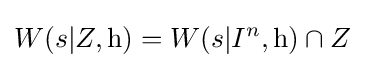
W(s|Z,\mathrm {h} )=W(s|I^{n},\mathrm {h} )\cap Z